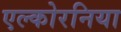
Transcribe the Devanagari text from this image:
एल्कोरनिया